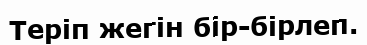
Теріп жегін бір-бірлеп.